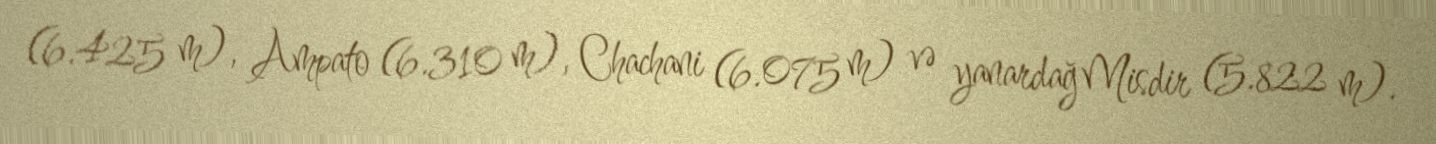
(6.425 m), Ampato (6.310 m), Chachani (6.075 m) və yanardağ Misdir (5.822 m).